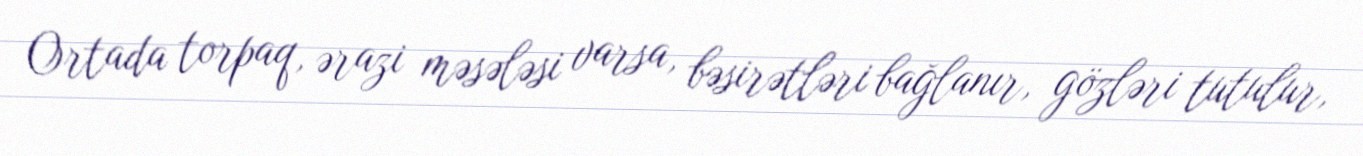
Ortada torpaq, ərazi məsələsi varsa, bəsirətləri bağlanır, gözləri tutulur,